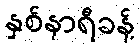
နှစ်နာရီခန့်